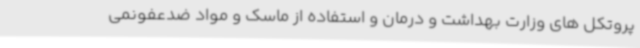
پروتکل های وزارت بهداشت و درمان و استفاده از ماسک و مواد ضدعفونمی